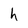
Character: h